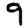
Digit: 9